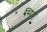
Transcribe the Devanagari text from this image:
सिंधुः